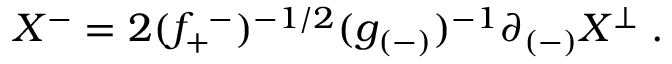
X ^ { - } = 2 ( f _ { + } ^ { ~ - } ) ^ { - 1 / 2 } ( g _ { ( - ) } ) ^ { - 1 } \partial _ { ( - ) } X ^ { \perp } \; .